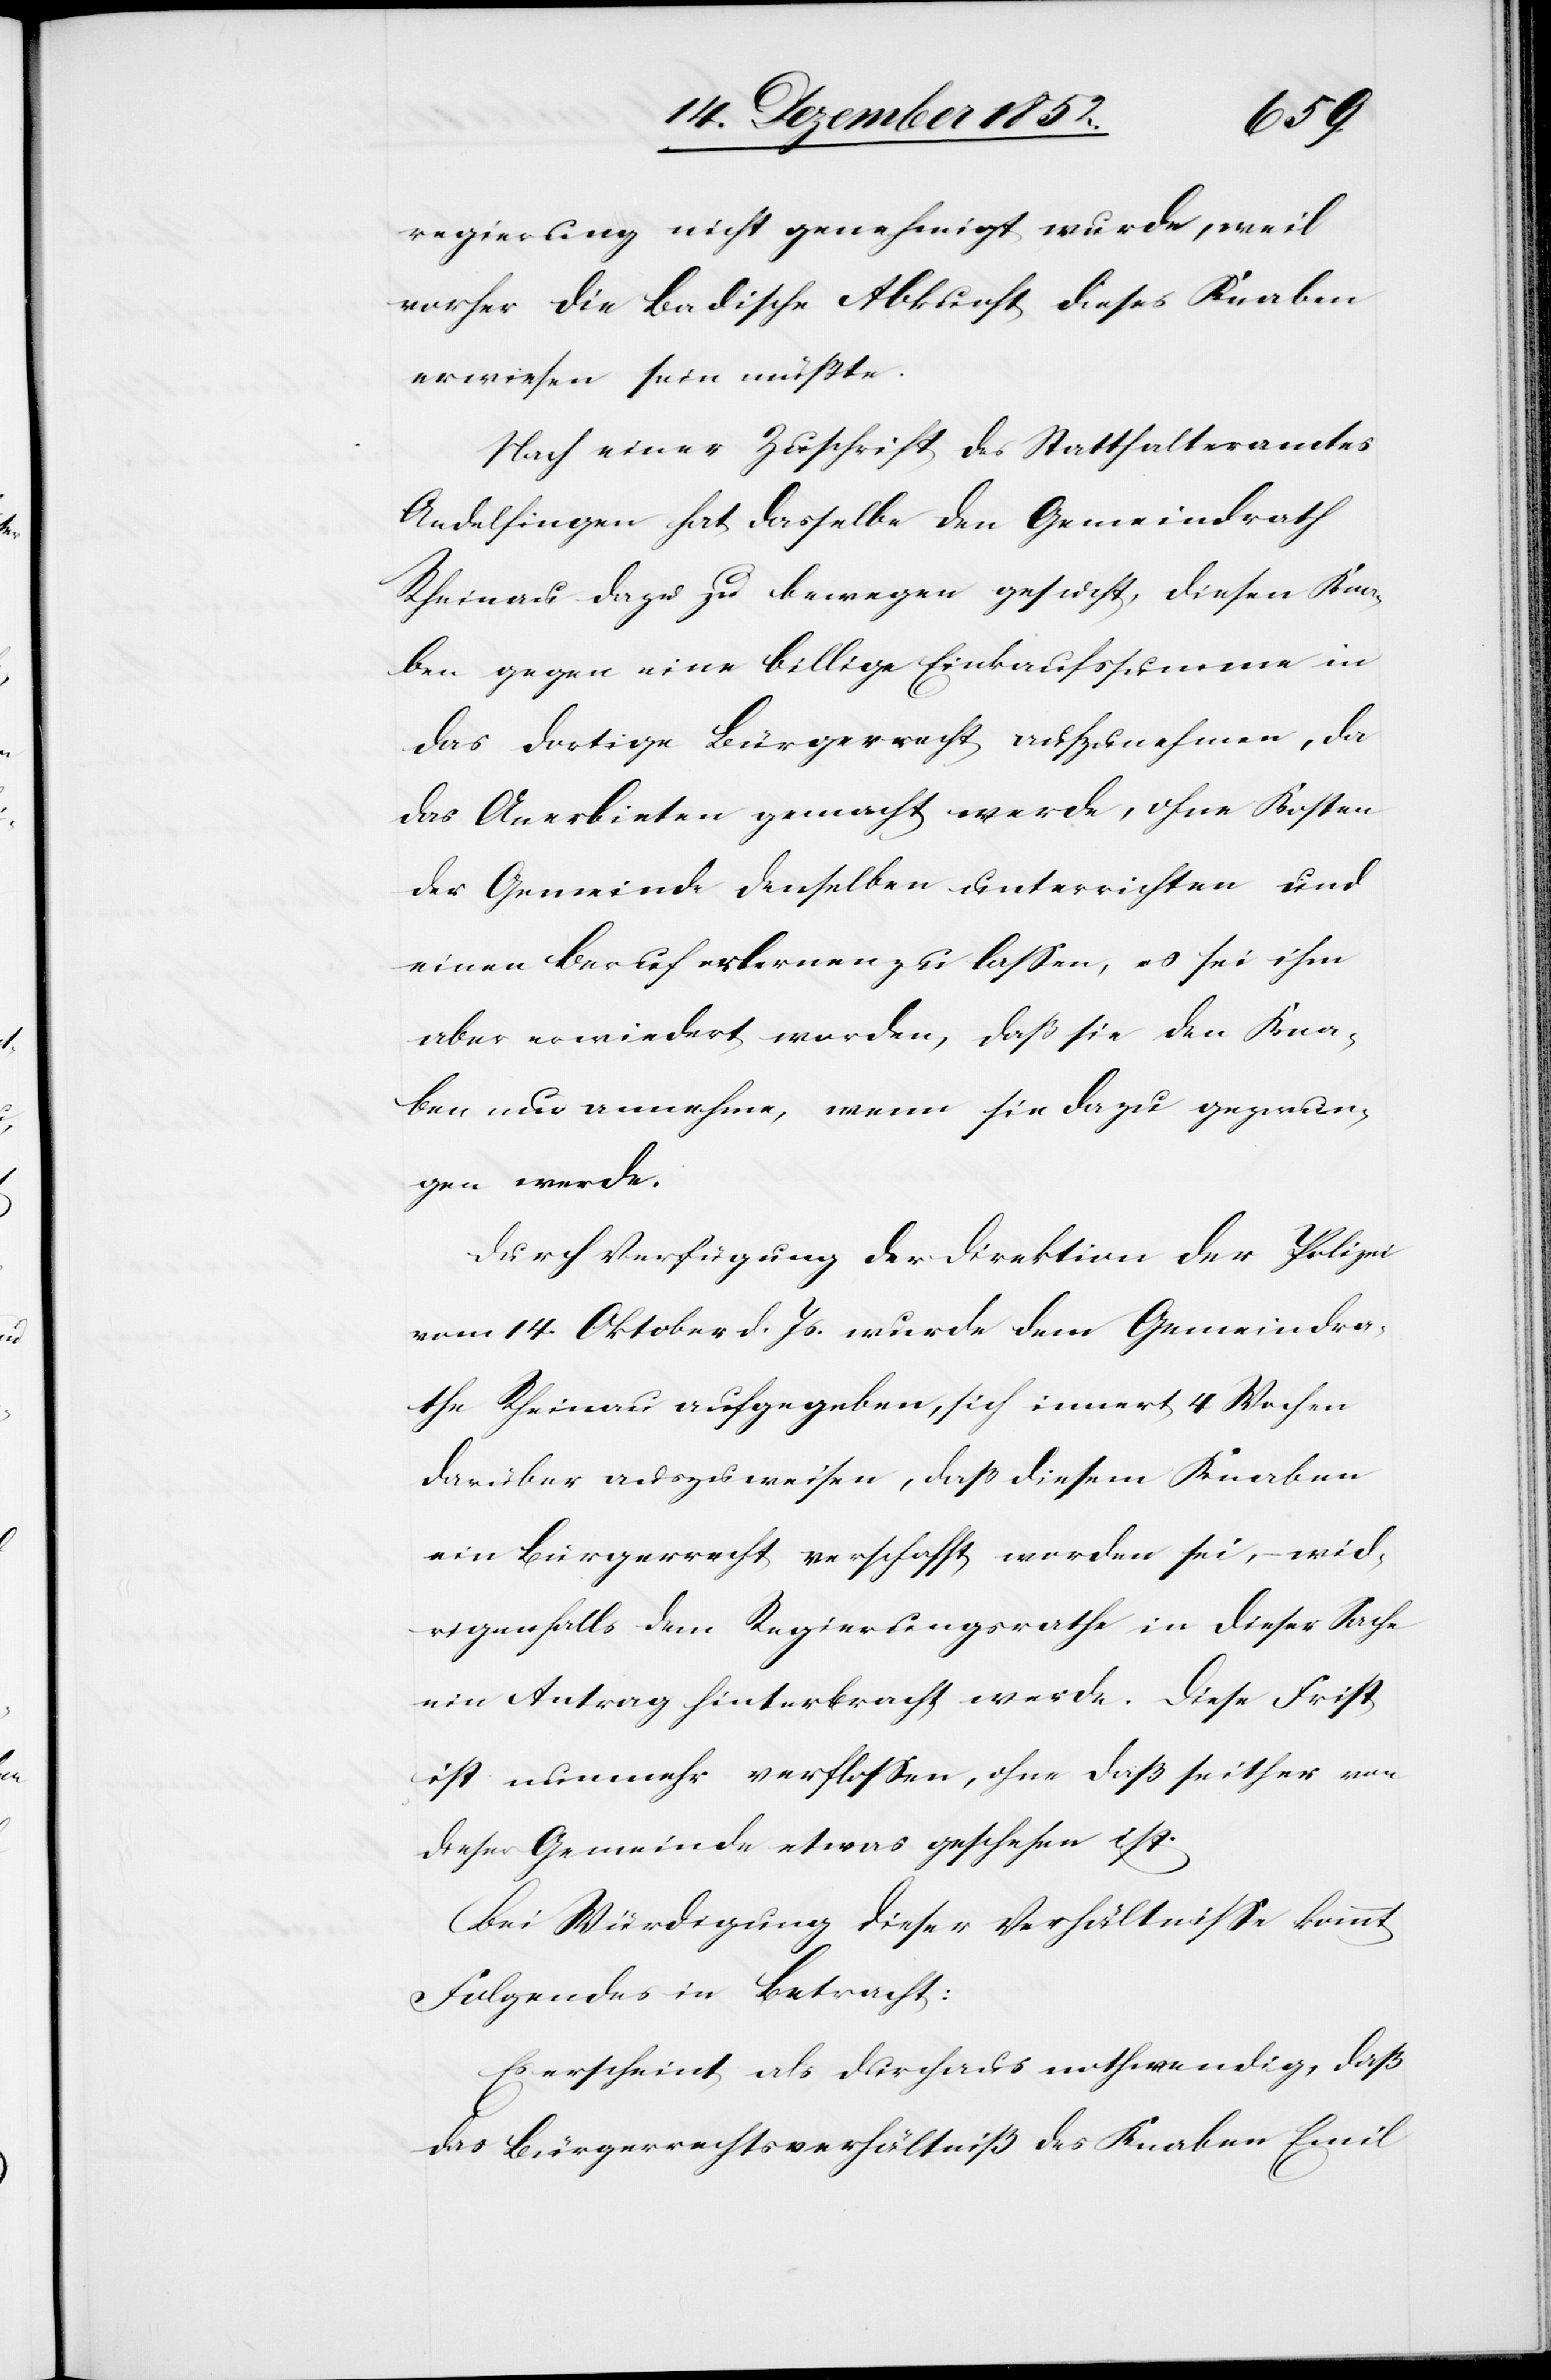
regierung nicht genehmigt wurde, weil
vorher die Badische Abkunft dieses Knaben
erwiesen sein müßte.
Nach einer Zuschrift des Statthalteramtes
Andelfingen hat dasselbe den Gemeindrath
Rheinau dazu zu bewegen gesucht, diesen Kna¬
ben gegen eine billige Einkaufssumme in
das dortige Bürgerrecht aufzunehmen, da
das Anerbieten gemacht werde, ohne Kosten
der Gemeinde denselben unterrichten und
einen Beruf erlernen zu lassen, es sei ihm
aber erwiedert worden, daß sie den Kna¬
ben nur annehme, wenn sie dazu gezwun¬
gen werde.
Durch Verfügung der Direktion der Polizei
vom 14. Oktober d. Js. wurde dem Gemeindra¬
the Rheinau aufgegeben, sich innert 4 Wochen
darüber auszuweisen, daß diesem Knaben
ein Bürgerrecht verschafft worden sei, – wid¬
rigenfalls dem Regierungsrathe in dieser Sache
ein Antrag hinterbracht werde. Diese Frist
ist nunmehr verflossen, ohne daß seither von
dieser Gemeinde etwas geschehen ist.
Bei Würdigung dieser Verhältnisse kommt
Folgendes in Betracht:
Es erscheint als durchaus nothwendig, daß
das Bürgerrechtsverhältniß des Knaben Emil